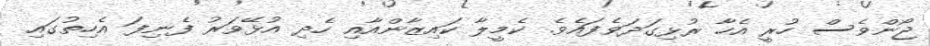
ޖޯންވެސް ހުރީ އެހާ ރުޅިގަދަވެފައެވެ. ކެމީލާ ކައިޒާންއާއި ހެދި އުޅޭވަރު ފެނިފަ އެހިތުގައި